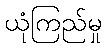
ယုံကြည်မှု